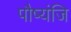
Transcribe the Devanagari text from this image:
पौष्यंजि